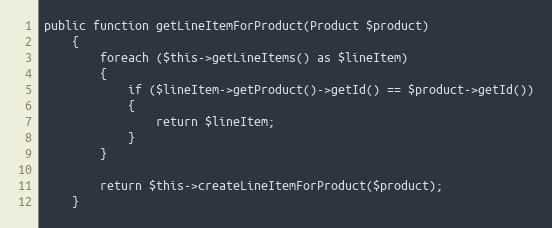
Language: PHP
public function getLineItemForProduct(Product $product)
    {
        foreach ($this->getLineItems() as $lineItem)
        {
            if ($lineItem->getProduct()->getId() == $product->getId())
            {
                return $lineItem;
            }
        }

        return $this->createLineItemForProduct($product);
    }